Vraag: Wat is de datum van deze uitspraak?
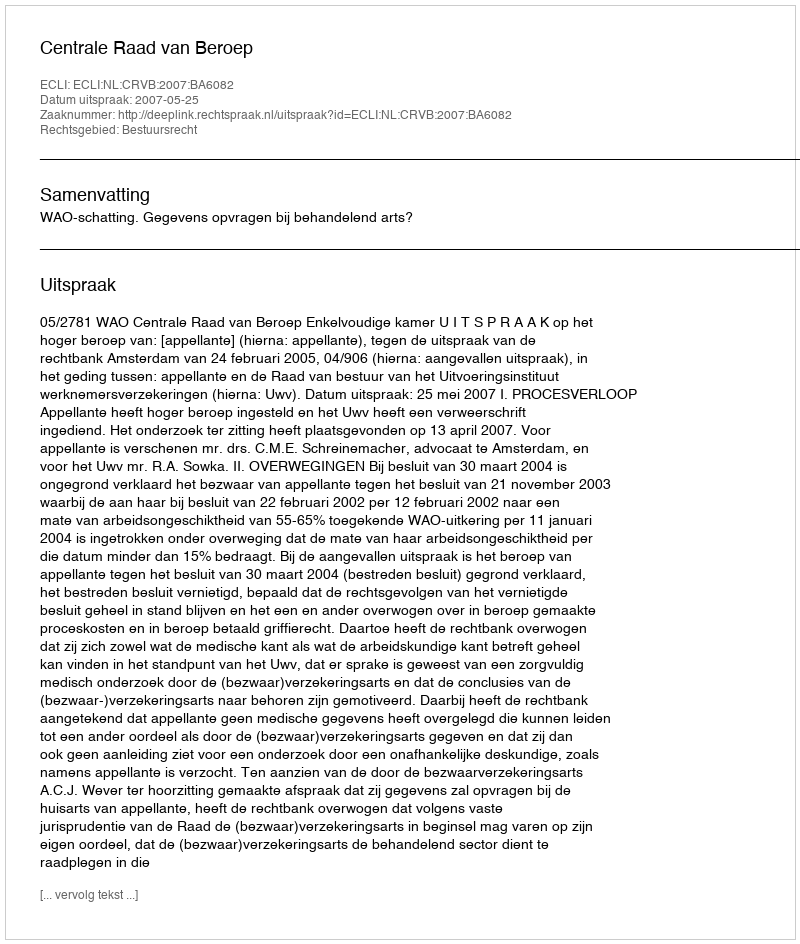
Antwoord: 2007-05-25